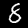
Label: 8